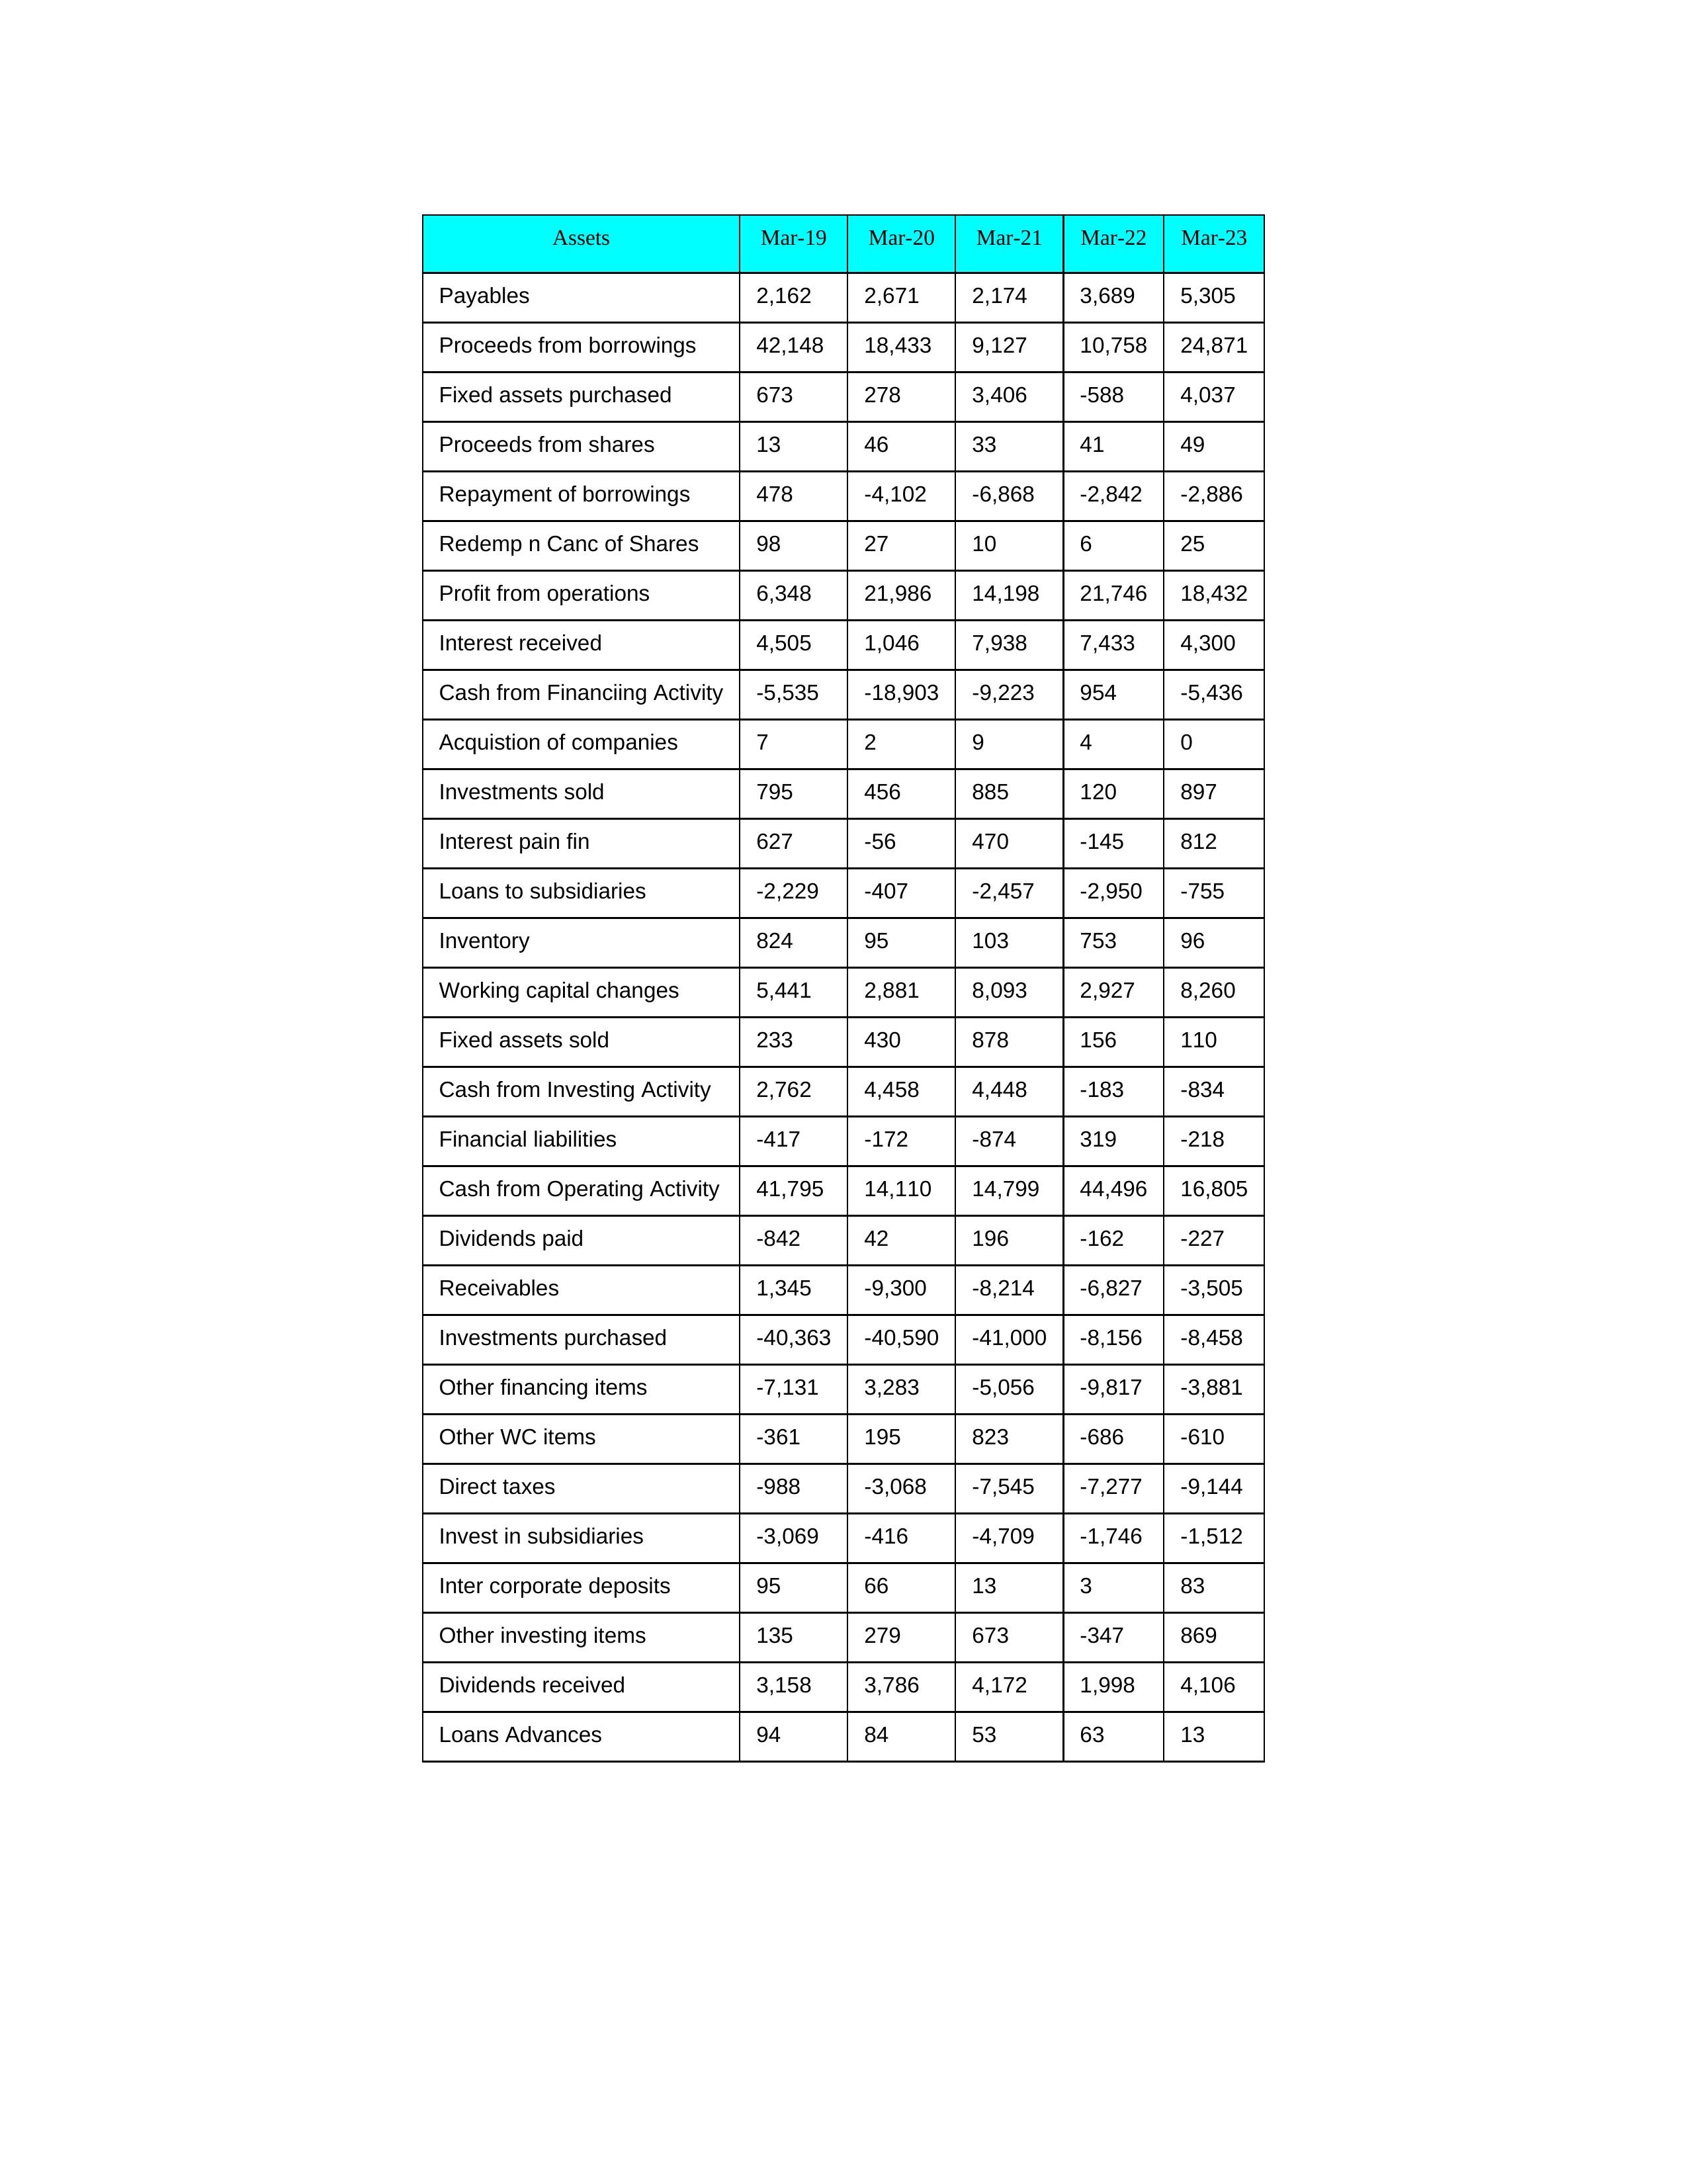
gt_parse: Mar-19: Cash from Operating Activity: 41,795
Profit from operations: 6,348
Receivables: 1,345
Inventory: 824
Payables: 2,162
Loans Advances: 94
Other WC items: -361
Working capital changes: 5,441
Direct taxes: -988
Cash from Investing Activity: 2,762
Fixed assets purchased: 673
Fixed assets sold: 233
Investments purchased: -40,363
Investments sold: 795
Interest received: 4,505
Dividends received: 3,158
Invest in subsidiaries: -3,069
Loans to subsidiaries: -2,229
Redemp n Canc of Shares: 98
Acquistion of companies: 7
Inter corporate deposits: 95
Other investing items: 135
Cash from Financiing Activity: -5,535
Proceeds from shares: 13
Proceeds from borrowings: 42,148
Repayment of borrowings: 478
Interest pain fin: 627
Dividends paid: -842
Financial liabilities: -417
Other financing items: -7,131
Mar-20: Cash from Operating Activity: 14,110
Profit from operations: 21,986
Receivables: -9,300
Inventory: 95
Payables: 2,671
Loans Advances: 84
Other WC items: 195
Working capital changes: 2,881
Direct taxes: -3,068
Cash from Investing Activity: 4,458
Fixed assets purchased: 278
Fixed assets sold: 430
Investments purchased: -40,590
Investments sold: 456
Interest received: 1,046
Dividends received: 3,786
Invest in subsidiaries: -416
Loans to subsidiaries: -407
Redemp n Canc of Shares: 27
Acquistion of companies: 2
Inter corporate deposits: 66
Other investing items: 279
Cash from Financiing Activity: -18,903
Proceeds from shares: 46
Proceeds from borrowings: 18,433
Repayment of borrowings: -4,102
Interest pain fin: -56
Dividends paid: 42
Financial liabilities: -172
Other financing items: 3,283
Mar-21: Cash from Operating Activity: 14,799
Profit from operations: 14,198
Receivables: -8,214
Inventory: 103
Payables: 2,174
Loans Advances: 53
Other WC items: 823
Working capital changes: 8,093
Direct taxes: -7,545
Cash from Investing Activity: 4,448
Fixed assets purchased: 3,406
Fixed assets sold: 878
Investments purchased: -41,000
Investments sold: 885
Interest received: 7,938
Dividends received: 4,172
Invest in subsidiaries: -4,709
Loans to subsidiaries: -2,457
Redemp n Canc of Shares: 10
Acquistion of companies: 9
Inter corporate deposits: 13
Other investing items: 673
Cash from Financiing Activity: -9,223
Proceeds from shares: 33
Proceeds from borrowings: 9,127
Repayment of borrowings: -6,868
Interest pain fin: 470
Dividends paid: 196
Financial liabilities: -874
Other financing items: -5,056
Mar-22: Cash from Operating Activity: 44,496
Profit from operations: 21,746
Receivables: -6,827
Inventory: 753
Payables: 3,689
Loans Advances: 63
Other WC items: -686
Working capital changes: 2,927
Direct taxes: -7,277
Cash from Investing Activity: -183
Fixed assets purchased: -588
Fixed assets sold: 156
Investments purchased: -8,156
Investments sold: 120
Interest received: 7,433
Dividends received: 1,998
Invest in subsidiaries: -1,746
Loans to subsidiaries: -2,950
Redemp n Canc of Shares: 6
Acquistion of companies: 4
Inter corporate deposits: 3
Other investing items: -347
Cash from Financiing Activity: 954
Proceeds from shares: 41
Proceeds from borrowings: 10,758
Repayment of borrowings: -2,842
Interest pain fin: -145
Dividends paid: -162
Financial liabilities: 319
Other financing items: -9,817
Mar-23: Cash from Operating Activity: 16,805
Profit from operations: 18,432
Receivables: -3,505
Inventory: 96
Payables: 5,305
Loans Advances: 13
Other WC items: -610
Working capital changes: 8,260
Direct taxes: -9,144
Cash from Investing Activity: -834
Fixed assets purchased: 4,037
Fixed assets sold: 110
Investments purchased: -8,458
Investments sold: 897
Interest received: 4,300
Dividends received: 4,106
Invest in subsidiaries: -1,512
Loans to subsidiaries: -755
Redemp n Canc of Shares: 25
Acquistion of companies: 0
Inter corporate deposits: 83
Other investing items: 869
Cash from Financiing Activity: -5,436
Proceeds from shares: 49
Proceeds from borrowings: 24,871
Repayment of borrowings: -2,886
Interest pain fin: 812
Dividends paid: -227
Financial liabilities: -218
Other financing items: -3,881